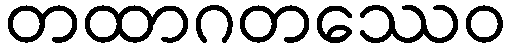
တထာဂတဿေဝ